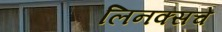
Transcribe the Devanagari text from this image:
लिनक्सचे